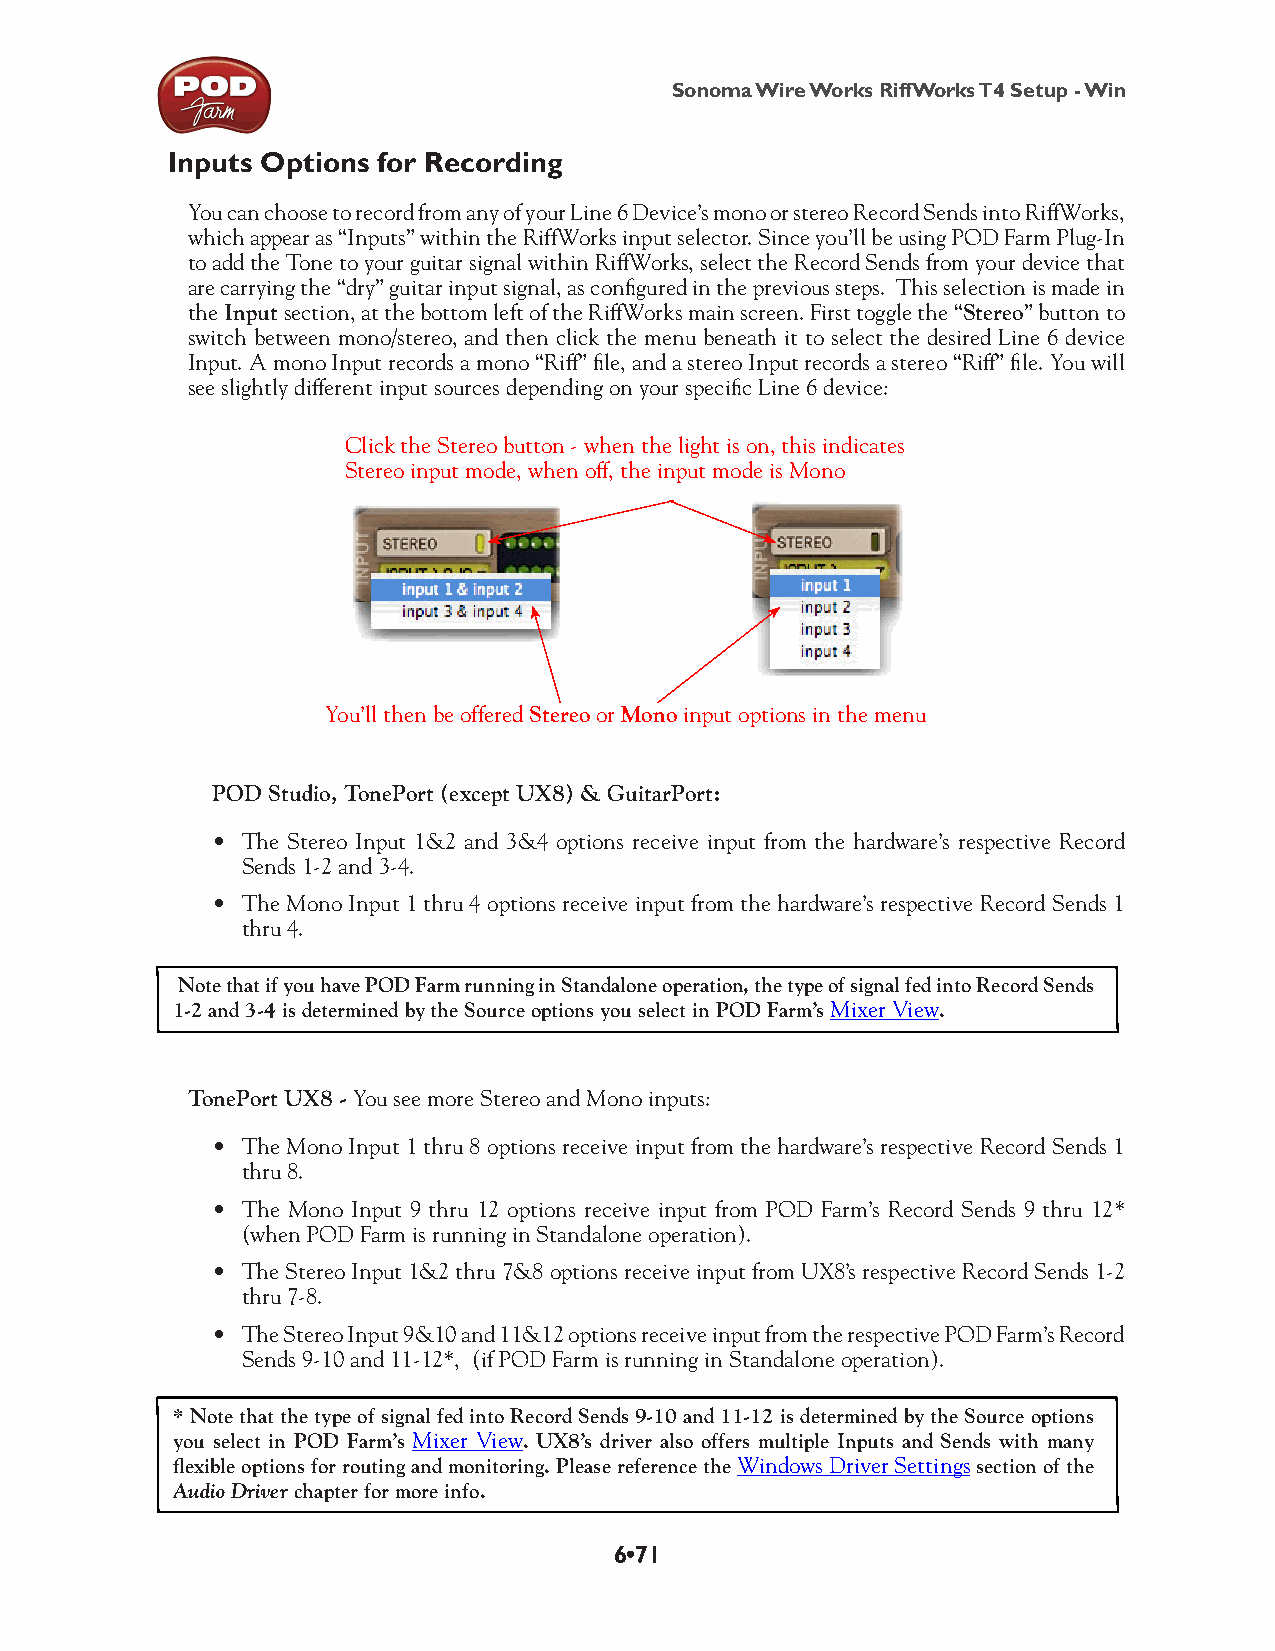
Sonoma Wire Works RiffWorks T4 Setup - Win
 Inputs Options for Recording
 You can choose to record from any of your Line 6 Device’s mono or stereo Record Sends into RiffWorks,
 which appear as “Inputs” within the RiffWorks input selector. Since you’ll be using POD Farm Plug-In
 to add the Tone to your guitar signal within RiffWorks, select the Record Sends from your device that
 are carrying the “dry” guitar input signal, as configured in the previous steps. This selection is made in
 the Input section, at the bottom left of the RiffWorks main screen. First toggle the “Stereo” button to
 switch between mono/stereo, and then click the menu beneath it to select the desired Line 6 device
 Input. A mono Input records a mono “Riff” file, and a stereo Input records a stereo “Riff” file. You will
 see slightly different input sources depending on your specific Line 6 device:
 Click the Stereo button - when the light is on, this indicates
 Stereo input mode, when off, the input mode is Mono
 You’ll then be offered Stereo or Mono input options in the menu
 POD Studio, TonePort (except UX8) & GuitarPort:
 • The Stereo Input 1&2 and 3&4 options receive input from the hardware’s respective Record
 Sends 1-2 and 3-4.
 • The Mono Input 1 thru 4 options receive input from the hardware’s respective Record Sends 1
 thru 4.
 Note that if you have POD Farm running in Standalone operation, the type of signal fed into Record Sends
 1-2 and 3-4 is determined by the Source options you select in POD Farm’s Mixer View.
 TonePort UX8 - You see more Stereo and Mono inputs:
 • The Mono Input 1 thru 8 options receive input from the hardware’s respective Record Sends 1
 thru 8.
 • The Mono Input 9 thru 12 options receive input from POD Farm’s Record Sends 9 thru 12*
 (when POD Farm is running in Standalone operation).
 • The Stereo Input 1&2 thru 7&8 options receive input from UX8’s respective Record Sends 1-2
 thru 7-8.
 • The Stereo Input 9&10 and 11&12 options receive input from the respective POD Farm’s Record
 Sends 9-10 and 11-12*, (if POD Farm is running in Standalone operation).
 * Note that the type of signal fed into Record Sends 9-10 and 11-12 is determined by the Source options
 you select in POD Farm’s Mixer View. UX8’s driver also offers multiple Inputs and Sends with many
 flexible options for routing and monitoring. Please reference the Windows Driver Settings section of the
 Audio Driver chapter for more info.
 6•71